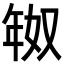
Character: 𫷗